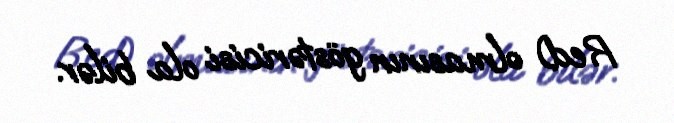
Red) olmasının göstəricisi ola bilər.